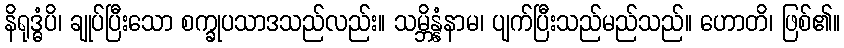
နိရုဒ္ဓံပိ၊ ချုပ်ပြီးသော စက္ခုပသာဒသည်လည်း။ သမ္ဘိန္နံနာမ၊ ပျက်ပြီးသည်မည်သည်။ ဟောတိ၊ ဖြစ်၏။